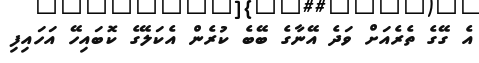
އެ ގޭގެ ތެރެއަށް ވަދެ އޭނާގެ ބޭބެ ކުރެން އެކަލޭގެ ކޮބައިހޭ އަހައިފި